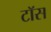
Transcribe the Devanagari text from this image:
टाॅस